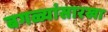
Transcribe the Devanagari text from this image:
बगळ्यांसारखा